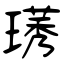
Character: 璓